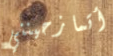
أتمازحينني